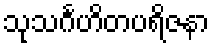
သုသင်္ဂဟိတပရိဇနာ